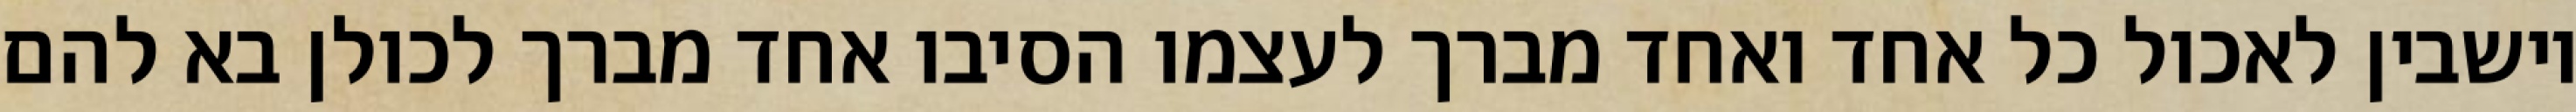
יושבין לאכול כל אחד ואחד מברך לעצמו הסיבו אחד מברך לכולן בא להם